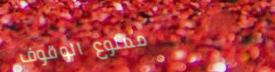
ممنوع الوقوف